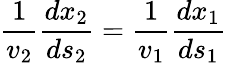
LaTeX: {\frac{1}{v_{2}}}{\frac{dx_{2}}{ds_{2}}}={\frac{1}{v_{1}}}{\frac{dx_{1}}{ds_{1}}}